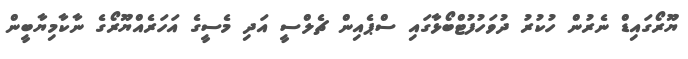
ޔޫރޯގައިޑް ނެރުން ހުކުރު ދުވަހުފުޓްބޯޅާގައި ސްޕެއިން ޗެލްސީ އަދި މެސީގެ އަހަރެއްޔޫރޯގެ ނާކާމިޔާބީން